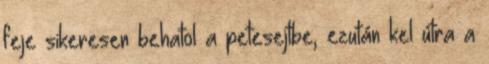
feje sikeresen behatol a petesejtbe, ezután kel útra a